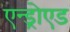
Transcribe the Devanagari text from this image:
एन्ड्रोएड